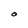
Character: O